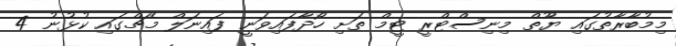
މިމުބާރާތުގައި ޔޫތް މިނިސްޓްރީ ޓީމް ތަށި ހޯދާފައިވަނީ ފައިނަލް މެޗްގައި ކުޅުނު 4